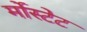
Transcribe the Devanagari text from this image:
र्मोस्टेट